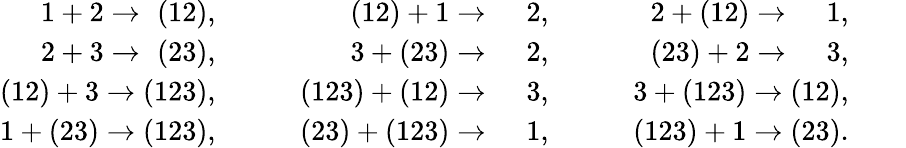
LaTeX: \begin{array}{rrr}{{1+2\rightarrow\, \, (12),\qquad}}&{{(12)+1\rightarrow\quad\, 2,\qquad}}&{{2+(12)\rightarrow\quad\, 1,\qquad}}\\ {{2+3\rightarrow\, \, (23),\qquad}}&{{3+(23)\rightarrow\quad\, 2,\qquad}}&{{(23)+2\rightarrow\quad\, 3,\qquad}}\\ {{(12)+3\rightarrow(123),\qquad}}&{{(123)+(12)\rightarrow\quad\, 3,\qquad}}&{{3+(123)\rightarrow(12),\qquad}}\\ {{1+(23)\rightarrow(123),\qquad}}&{{(23)+(123)\rightarrow\quad\, 1,\qquad}}&{{(123)+1\rightarrow(23).\qquad}}\end{array}